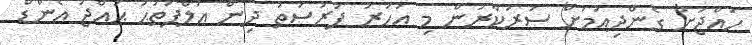
ހައްޖަށް ގެންދިއުމަށް ސަރުކާރުން މި އަަހަރު ފުރުސަތު ދިން އަލްފަތުޙު ޙައްޖު އެންޑް